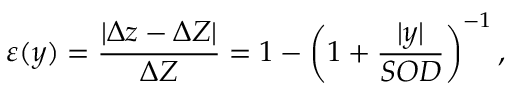
\varepsilon ( y ) = \frac { \lvert \Delta z - \Delta Z \rvert } { \Delta Z } = 1 - \left( 1 + \frac { \lvert y \rvert } { S O D } \right) ^ { - 1 } ,